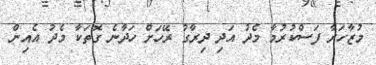
މުޒާހަރާ ފަސްކުރުމާ މެދު އަދި ދިރާގު ރޭހަށް ހަދާނެ ގޮތަކާ މެދު އެއިން